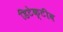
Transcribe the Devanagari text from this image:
डिटेक्टीव